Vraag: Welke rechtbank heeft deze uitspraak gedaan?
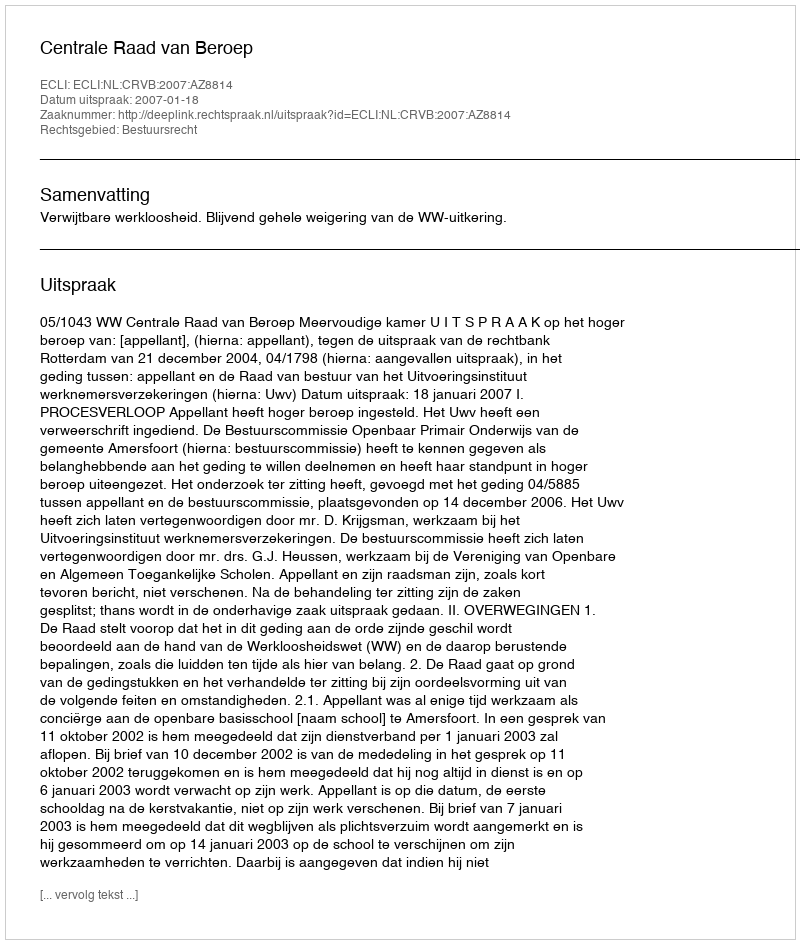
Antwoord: Centrale Raad van Beroep